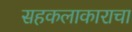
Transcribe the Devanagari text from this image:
सहकलाकाराचा